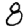
Digit: 8